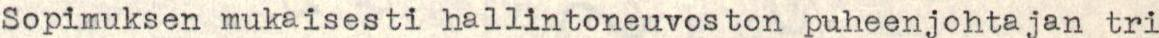
Sopimuksen mukaisesti hallintoneuvoston puheenjohtajan tri